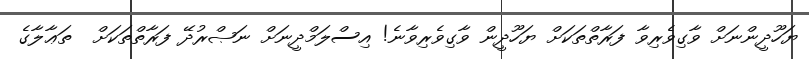
ޔަހޫދީންނަށް ވާގިވެރިވާ ފަރާތްތަކަށް ޔަހޫދީން ވާގިވެރިވާނެ! އިސްލަމްދީނަށް ނަޞްރުދޭ ފަރާތްތަކަށް  ތަޢާލާގެ